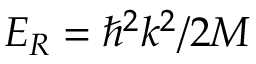
E _ { R } = \hbar ^ { 2 } k ^ { 2 } / 2 M